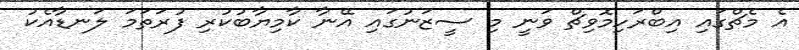
އެ މެޗްގައި އިބްރަހިމޮވިޗް ވަނީ މި ސީޒަނުގައި އޭނާ ކާމިޔާބުކުރި ފުރަތަމަ ލަނޑާއެކު